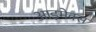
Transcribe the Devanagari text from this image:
आइमेक्स